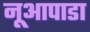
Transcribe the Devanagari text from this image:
नूआपाडा